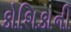
કોશિકાની